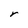
Character: r